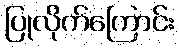
ပြုလိုက်ကြောင်း